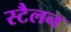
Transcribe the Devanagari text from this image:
स्टैलन